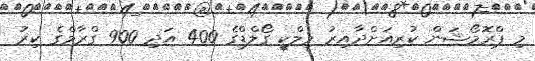
މި ޕްރޮމޯޝަން ކުރިއަށްދާއިރު މިލްކީ ގޯލްޑްގެ 400 އަދި 900 ގްރާމްގެ ކިރު